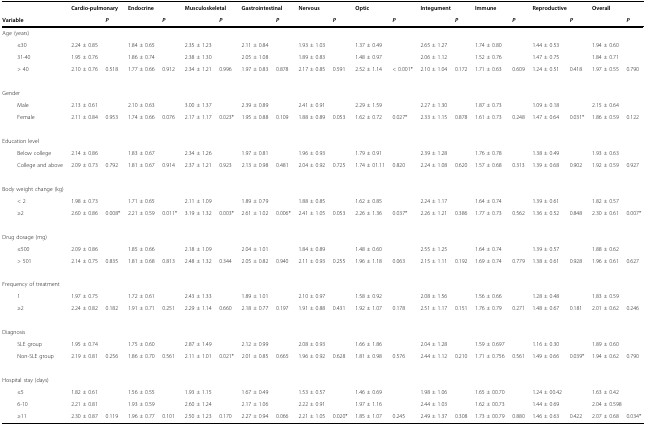
<table><thead><tr><td></td><td colspan="2"><b>Cardio-pulmonary</b></td><td colspan="2"><b>Endocrine</b></td><td colspan="2"><b>Musculoskeletal</b></td><td colspan="2"><b>Gastrointestinal</b></td><td colspan="2"><b>Nervous</b></td><td colspan="2"><b>Optic</b></td><td colspan="2"><b>Integument</b></td><td colspan="2"><b>Immune</b></td><td colspan="2"><b>Reproductive</b></td><td colspan="2"><b>Overall</b></td></tr><tr><td><b>Variable</b></td><td></td><td><b><i>P</i></b></td><td></td><td><b><i>P</i></b></td><td></td><td><b><i>P</i></b></td><td></td><td><b><i>P</i></b></td><td></td><td><b><i>P</i></b></td><td></td><td><b><i>P</i></b></td><td></td><td><b><i>P</i></b></td><td></td><td><b><i>P</i></b></td><td></td><td><b><i>P</i></b></td><td></td><td><b><i>P</i></b></td></tr></thead><tbody><tr><td>Age (years)</td><td></td><td></td><td></td><td></td><td></td><td></td><td></td><td></td><td></td><td></td><td></td><td></td><td></td><td></td><td></td><td></td><td></td><td></td><td></td><td></td></tr><tr><td> ≤30</td><td>2.24 ± 0.85</td><td></td><td>1.84 ± 0.65</td><td></td><td>2.35 ± 1.23</td><td></td><td>2.11 ± 0.84</td><td></td><td>1.93 ± 1.03</td><td></td><td>1.37 ± 0.49</td><td></td><td>2.65 ± 1.27</td><td></td><td>1.74 ± 0.80</td><td></td><td>1.44 ± 0.53</td><td></td><td>1.94 ± 0.60</td><td></td></tr><tr><td> 31-40</td><td>1.95 ± 0.76</td><td></td><td>1.86 ± 0.74</td><td></td><td>2.38 ± 1.30</td><td></td><td>2.05 ± 1.08</td><td></td><td>1.89 ± 0.83</td><td></td><td>1.48 ± 0.97</td><td></td><td>2.06 ± 1.12</td><td></td><td>1.52 ± 0.76</td><td></td><td>1.47 ± 0.75</td><td></td><td>1.84 ± 0.71</td><td></td></tr><tr><td> &gt; 40</td><td>2.10 ± 0.76</td><td>0.518</td><td>1.77 ± 0.66</td><td>0.912</td><td>2.34 ± 1.21</td><td>0.996</td><td>1.97 ± 0.83</td><td>0.878</td><td>2.17 ± 0.85</td><td>0.591</td><td>2.52 ± 1.14</td><td>&lt; 0.001*</td><td>2.10 ± 1.04</td><td>0.172</td><td>1.71 ± 0.63</td><td>0.609</td><td>1.24 ± 0.51</td><td>0.418</td><td>1.97 ± 0.55</td><td>0.790</td></tr><tr><td>Gender</td><td></td><td></td><td></td><td></td><td></td><td></td><td></td><td></td><td></td><td></td><td></td><td></td><td></td><td></td><td></td><td></td><td></td><td></td><td></td><td></td></tr><tr><td> Male</td><td>2.13 ± 0.61</td><td></td><td>2.10 ± 0.63</td><td></td><td>3.00 ± 1.37</td><td></td><td>2.39 ± 0.89</td><td></td><td>2.41 ± 0.91</td><td></td><td>2.29 ± 1.59</td><td></td><td>2.27 ± 1.30</td><td></td><td>1.87 ± 0.73</td><td></td><td>1.09 ± 0.18</td><td></td><td>2.15 ± 0.64</td><td></td></tr><tr><td> Female</td><td>2.11 ± 0.84</td><td>0.953</td><td>1.74 ± 0.66</td><td>0.076</td><td>2.17 ± 1.17</td><td>0.023*</td><td>1.95 ± 0.88</td><td>0.109</td><td>1.88 ± 0.89</td><td>0.053</td><td>1.62 ± 0.72</td><td>0.027*</td><td>2.33 ± 1.15</td><td>0.878</td><td>1.61 ± 0.73</td><td>0.248</td><td>1.47 ± 0.64</td><td>0.031*</td><td>1.86 ± 0.59</td><td>0.122</td></tr><tr><td>Education level</td><td></td><td></td><td></td><td></td><td></td><td></td><td></td><td></td><td></td><td></td><td></td><td></td><td></td><td></td><td></td><td></td><td></td><td></td><td></td><td></td></tr><tr><td> Below college</td><td>2.14 ± 0.86</td><td></td><td>1.83 ± 0.67</td><td></td><td>2.34 ± 1.26</td><td></td><td>1.97 ± 0.81</td><td></td><td>1.96 ± 0.93</td><td></td><td>1.79 ± 0.91</td><td></td><td>2.39 ± 1.28</td><td></td><td>1.76 ± 0.78</td><td></td><td>1.38 ± 0.49</td><td></td><td>1.93 ± 0.63</td><td></td></tr><tr><td> College and above</td><td>2.09 ± 0.73</td><td>0.792</td><td>1.81 ± 0.67</td><td>0.914</td><td>2.37 ± 1.21</td><td>0.923</td><td>2.13 ± 0.98</td><td>0.481</td><td>2.04 ± 0.92</td><td>0.725</td><td>1.74 ± 01.11</td><td>0.820</td><td>2.24 ± 1.08</td><td>0.620</td><td>1.57 ± 0.68</td><td>0.313</td><td>1.39 ± 0.68</td><td>0.902</td><td>1.92 ± 0.59</td><td>0.927</td></tr><tr><td>Body weight change (kg)</td><td></td><td></td><td></td><td></td><td></td><td></td><td></td><td></td><td></td><td></td><td></td><td></td><td></td><td></td><td></td><td></td><td></td><td></td><td></td><td></td></tr><tr><td> &lt; 2</td><td>1.98 ± 0.73</td><td></td><td>1.71 ± 0.65</td><td></td><td>2.11 ± 1.09</td><td></td><td>1.89 ± 0.79</td><td></td><td>1.88 ± 0.85</td><td></td><td>1.62 ± 0.85</td><td></td><td>2.24 ± 1.17</td><td></td><td>1.64 ± 0.74</td><td></td><td>1.39 ± 0.61</td><td></td><td>1.82 ± 0.57</td><td></td></tr><tr><td> ≥2</td><td>2.60 ± 0.86</td><td>0.008*</td><td>2.21 ± 0.59</td><td>0.011*</td><td>3.19 ± 1.32</td><td>0.003*</td><td>2.61 ± 1.02</td><td>0.006*</td><td>2.41 ± 1.05</td><td>0.053</td><td>2.26 ± 1.36</td><td>0.037*</td><td>2.26 ± 1.21</td><td>0.386</td><td>1.77 ± 0.73</td><td>0.562</td><td>1.36 ± 0.52</td><td>0.848</td><td>2.30 ± 0.61</td><td>0.007*</td></tr><tr><td>Drug dosage (mg)</td><td></td><td></td><td></td><td></td><td></td><td></td><td></td><td></td><td></td><td></td><td></td><td></td><td></td><td></td><td></td><td></td><td></td><td></td><td></td><td></td></tr><tr><td> ≤500</td><td>2.09 ± 0.86</td><td></td><td>1.85 ± 0.66</td><td></td><td>2.18 ± 1.09</td><td></td><td>2.04 ± 1.01</td><td></td><td>1.84 ± 0.89</td><td></td><td>1.48 ± 0.60</td><td></td><td>2.55 ± 1.25</td><td></td><td>1.64 ± 0.74</td><td></td><td>1.39 ± 0.57</td><td></td><td>1.88 ± 0.62</td><td></td></tr><tr><td> &gt; 501</td><td>2.14 ± 0.75</td><td>0.835</td><td>1.81 ± 0.68</td><td>0.813</td><td>2.48 ± 1.32</td><td>0.344</td><td>2.05 ± 0.82</td><td>0.940</td><td>2.11 ± 0.93</td><td>0.255</td><td>1.96 ± 1.18</td><td>0.063</td><td>2.15 ± 1.11</td><td>0.192</td><td>1.69 ± 0.74</td><td>0.779</td><td>1.38 ± 0.61</td><td>0.928</td><td>1.96 ± 0.61</td><td>0.627</td></tr><tr><td>Frequency of treatment</td><td></td><td></td><td></td><td></td><td></td><td></td><td></td><td></td><td></td><td></td><td></td><td></td><td></td><td></td><td></td><td></td><td></td><td></td><td></td><td></td></tr><tr><td> 1</td><td>1.97 ± 0.75</td><td></td><td>1.72 ± 0.61</td><td></td><td>2.43 ± 1.33</td><td></td><td>1.89 ± 1.01</td><td></td><td>2.10 ± 0.97</td><td></td><td>1.58 ± 0.92</td><td></td><td>2.08 ± 1.56</td><td></td><td>1.56 ± 0.66</td><td></td><td>1.28 ± 0.48</td><td></td><td>1.83 ± 0.59</td><td></td></tr><tr><td> ≥2</td><td>2.24 ± 0.82</td><td>0.182</td><td>1.91 ± 0.71</td><td>0.251</td><td>2.29 ± 1.14</td><td>0.660</td><td>2.18 ± 0.77</td><td>0.197</td><td>1.91 ± 0.88</td><td>0.431</td><td>1.92 ± 1.07</td><td>0.178</td><td>2.51 ± 1.17</td><td>0.151</td><td>1.76 ± 0.79</td><td>0.271</td><td>1.48 ± 0.67</td><td>0.181</td><td>2.01 ± 0.62</td><td>0.246</td></tr><tr><td>Diagnosis</td><td></td><td></td><td></td><td></td><td></td><td></td><td></td><td></td><td></td><td></td><td></td><td></td><td></td><td></td><td></td><td></td><td></td><td></td><td></td><td></td></tr><tr><td> SLE group</td><td>1.95 ± 0.74</td><td></td><td>1.75 ± 0.60</td><td></td><td>2.87 ± 1.49</td><td></td><td>2.12 ± 0.99</td><td></td><td>2.08 ± 0.93</td><td></td><td>1.66 ± 1.86</td><td></td><td>2.04 ± 1.28</td><td></td><td>1.59 ± 0.697</td><td></td><td>1.16 ± 0.30</td><td></td><td>1.89 ± 0.60</td><td></td></tr><tr><td> Non-SLE group</td><td>2.19 ± 0.81</td><td>0.256</td><td>1.86 ± 0.70</td><td>0.561</td><td>2.11 ± 1.01</td><td>0.021*</td><td>2.01 ± 0.85</td><td>0.665</td><td>1.96 ± 0.92</td><td>0.628</td><td>1.81 ± 0.98</td><td>0.576</td><td>2.44 ± 1.12</td><td>0.210</td><td>1.71 ± 0.756</td><td>0.561</td><td>1.49 ± 0.66</td><td>0.039*</td><td>1.94 ± 0.62</td><td>0.790</td></tr><tr><td>Hospital stay (days)</td><td></td><td></td><td></td><td></td><td></td><td></td><td></td><td></td><td></td><td></td><td></td><td></td><td></td><td></td><td></td><td></td><td></td><td></td><td></td><td></td></tr><tr><td> ≤5</td><td>1.82 ± 0.61</td><td></td><td>1.56 ± 0.55</td><td></td><td>1.93 ± 1.15</td><td></td><td>1.67 ± 0.49</td><td></td><td>1.53 ± 0.57</td><td></td><td>1.46 ± 0.69</td><td></td><td>1.98 ± 1.06</td><td></td><td>1.65 ± 00.70</td><td></td><td>1.24 ± 00.42</td><td></td><td>1.63 ± 0.42</td><td></td></tr><tr><td> 6-10</td><td>2.21 ± 0.81</td><td></td><td>1.93 ± 0.59</td><td></td><td>2.60 ± 1.24</td><td></td><td>2.17 ± 1.06</td><td></td><td>2.22 ± 0.91</td><td></td><td>1.97 ± 1.16</td><td></td><td>2.44 ± 1.03</td><td></td><td>1.62 ± 00.73</td><td></td><td>1.44 ± 0.69</td><td></td><td colspan="2">2.04 ± 0.598</td></tr><tr><td> ≥11</td><td>2.30 ± 0.87</td><td>0.119</td><td>1.96 ± 0.77</td><td>0.101</td><td>2.50 ± 1.23</td><td>0.170</td><td>2.27 ± 0.94</td><td>0.066</td><td>2.21 ± 1.05</td><td>0.020*</td><td>1.85 ± 1.07</td><td>0.245</td><td>2.49 ± 1.37</td><td>0.308</td><td>1.73 ± 00.79</td><td>0.880</td><td>1.46 ± 0.63</td><td>0.422</td><td>2.07 ± 0.68</td><td>0.034*</td></tr></tbody></table>